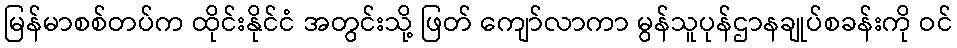
မြန်မာစစ်တပ်က ထိုင်းနိုင်ငံ အတွင်းသို့ ဖြတ် ကျော်လာကာ မွန်သူပုန်ဌာနချုပ်စခန်းကို ဝင်